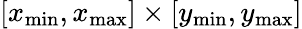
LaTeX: [x_{\mathrm{min}},x_{\mathrm{max}}]\times[y_{\mathrm{min}},y_{\mathrm{max}}]